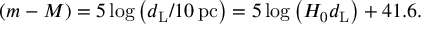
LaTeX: \left( m - M \right) = 5 \log \left( d _ { \mathrm { L } } / 1 0 \, \mathrm { p c } \right) = 5 \log \left( H _ { 0 } d _ { \mathrm { L } } \right) + 4 1 . 6 .